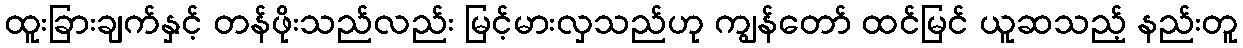
ထူးခြားချက်နှင့် တန်ဖိုးသည်လည်း မြင့်မားလှသည်ဟု ကျွန်တော် ထင်မြင် ယူဆသည့် နည်းတူ